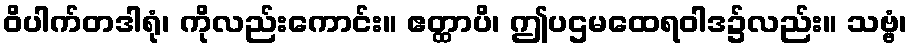
ဝိပါက်တဒါရုံ၊ ကိုလည်းကောင်း။ ဧတ္ထာပိ၊ ဤပဌမထေရဝါဒ၌လည်း။ သဗ္ဗံ၊